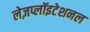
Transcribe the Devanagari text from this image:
लेज़प्लॉइटेशनल